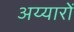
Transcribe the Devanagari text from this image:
अय्यारों